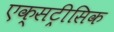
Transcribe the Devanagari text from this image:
एक्सट्रीसिक